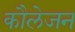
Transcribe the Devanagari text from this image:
कौलेजन